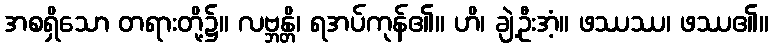
အစရှိသော တရားတို့၌။ လဗ္ဘန္တိ၊ ရအပ်ကုန်၏။ ဟိ၊ ချဲ့ဦးအံ့။ ဖဿဿ၊ ဖဿ၏။